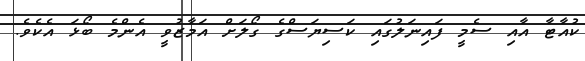
ކުއާޓާ އާއި ސެމީ ފައިނަލުގައި ކަސިޔަސްގެ ގޯލަށް އަމާޒުވީ އެންމެ ބޯޅަ އެކެވެ.